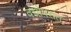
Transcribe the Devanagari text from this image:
वधोपरांत